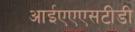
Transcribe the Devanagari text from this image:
आईएएएसटीडी